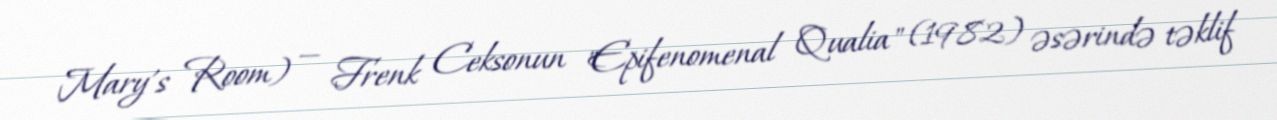
Mary's Room) — Frenk Ceksonun "Epifenomenal Qualia" (1982) əsərində təklif